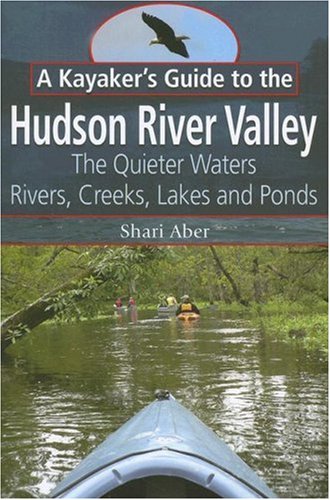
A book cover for A Kayaker's Guide to the Hudson River Valley: The Quieter Waters--Rivers, Creeks, Lakes and Ponds; Shari Aber; Sports & Outdoors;